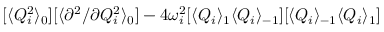
[ \langle Q _ { i } ^ { 2 } \rangle _ { 0 } ] [ \langle { \partial ^ { 2 } } / { \partial Q _ { i } ^ { 2 } } \rangle _ { 0 } ] - 4 \omega _ { i } ^ { 2 } [ \langle Q _ { i } \rangle _ { 1 } \langle Q _ { i } \rangle _ { - 1 } ] [ \langle Q _ { i } \rangle _ { - 1 } \langle Q _ { i } \rangle _ { 1 } ]